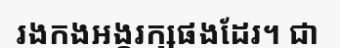
រងកងអង្គរក្សផងដែរ។ ជា